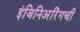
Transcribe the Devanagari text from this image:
इंजिनिअरिंगची